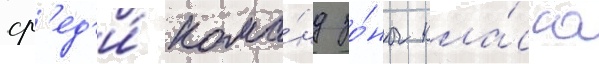
ср'ед'и́ кома́нд зо́ны кла́сса